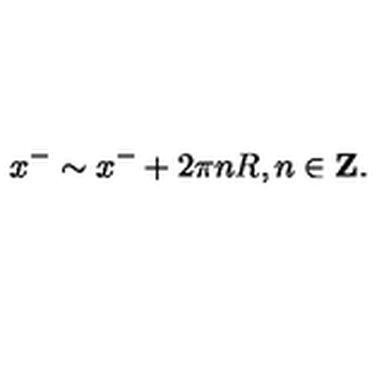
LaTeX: x ^ { - } \sim x ^ { - } + 2 \pi n R , n \in { \bf Z } .